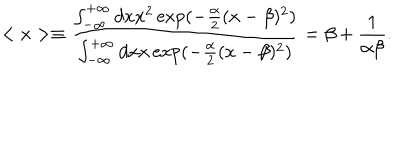
LaTeX: < x > \equiv \frac { \int _ { - \infty } ^ { + \infty } d x x ^ { 2 } \exp ( - \frac { \alpha } { 2 } ( x - \beta ) ^ { 2 } ) } { \int _ { - \infty } ^ { + \infty } d x x \exp ( - \frac { \alpha } { 2 } ( x - \beta ) ^ { 2 } ) } = \beta + \frac { 1 } { \alpha \beta } .